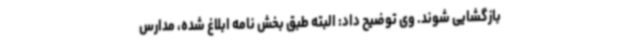
بازگشایی شوند. وی توضیح داد: البته طبق بخش نامه ابلاغ شده، مدارس